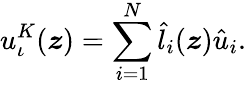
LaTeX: u_{\iota}^{K}(\boldsymbol{z})=\sum_{i=1}^{N}\hat{l}_{i}(\boldsymbol{z})\hat{u}_{i}.